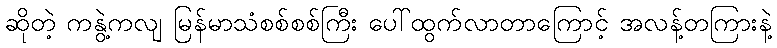
ဆိုတဲ့ ကနွဲ့ကလျ မြန်မာသံစစ်စစ်ကြီး ပေါ်ထွက်လာတာကြောင့် အလန့်တကြားနဲ့